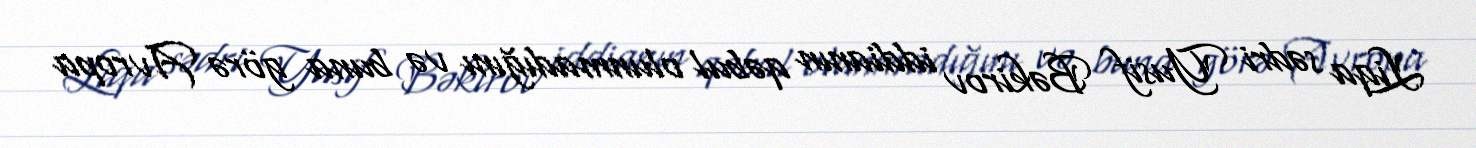
Liqa sədri Yusif Bəkirov iddianın qəbul olunmadığını və buna görə Avropa